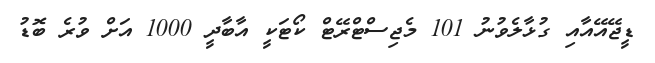
ޑީޖޭއޭއާއި ގުޅާލެވުނު 101 މެޖިސްޓްރޭޓް ކޯޓަކީ އާބާދީ 1000 އަށް ވުރެ ބޮޑު